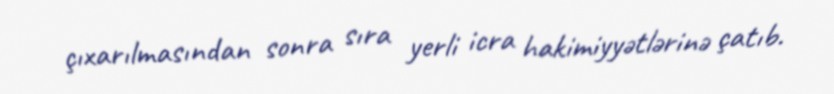
çıxarılmasından sonra sıra yerli icra hakimiyyətlərinə çatıb.